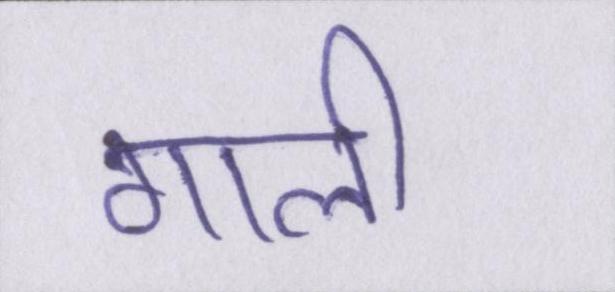
गाली